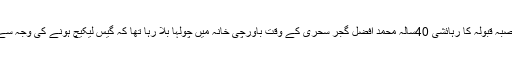
تفصیلات کے مطابق قصبہ قبولہ کا رہائشی 40سالہ محمد افضل گجر سحری کے وقت باورچی خانہ میں چولہا بلا رہا تھا کہ گیس لیکیچ ہونے کی وجہ سے گیس سلنڈر پھٹ گیا ۔